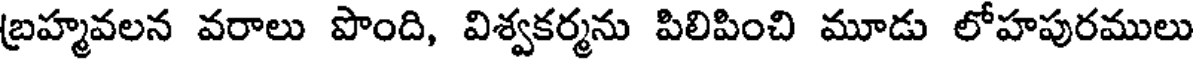
బ్రహ్మవలన వరాలు పొంది, విశ్వకర్మను పిలిపించి మూడు లోహపురములు